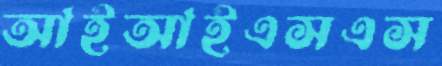
আইআইএসএস